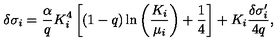
\delta \sigma _ { i } = { \frac { \alpha } { q } } K _ { i } ^ { 4 } \left[ ( 1 - q ) \ln \left( { \frac { K _ { i } } { \mu _ { i } } } \right) + { \frac { 1 } { 4 } } \right] + K _ { i } { \frac { \delta \sigma _ { i } ^ { \prime } } { 4 q } } ,